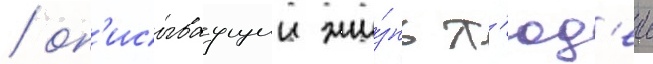
/ оп'исываущии жи́знь л'юд'еи